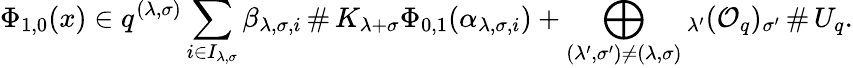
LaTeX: \Phi_{1,0}(x)\in q^{(\lambda,\sigma)}\sum_{i\in I_{\lambda,\sigma}}\beta_{\lambda,\sigma,i}\, \# \, K_{\lambda+\sigma}\Phi_{0,1}(\alpha_{\lambda,\sigma,i})+\bigoplus_{(\lambda^{\prime},\sigma^{\prime})\neq(\lambda,\sigma)}{_{\lambda^{\prime}}(\mathcal{O}_{q})_{\sigma^{\prime}}}\, \# \, U_{q}.